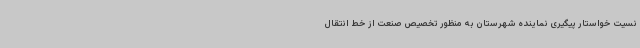
نسیت خواستار پیگیری نماینده شهرستان به منظور تخصیص صنعت از خط انتقال